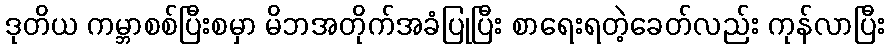
ဒုတိယ ကမ္ဘာစစ်ပြီးစမှာ မိဘအတိုက်အခံပြုပြီး စာရေးရတဲ့ခေတ်လည်း ကုန်လာပြီး